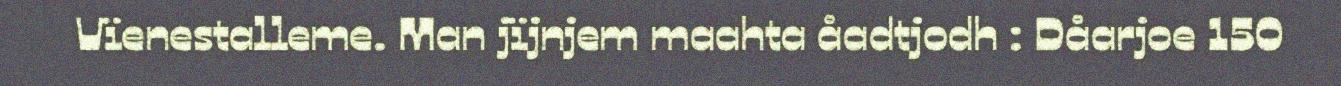
Vïenestalleme. Man jïjnjem maahta åadtjodh : Dåarjoe 150